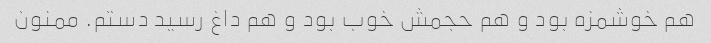
هم خوشمزه بود و هم حجمش خوب بود و هم داغ رسید دستم. ممنون